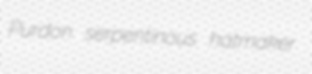
Purdon serpentinous hatmaker